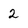
Character: 2